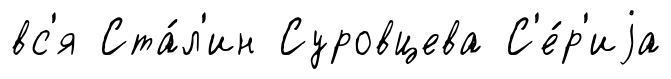
вс'я Ста́л'ин Суровцева С'е́р'иjа